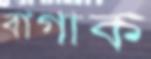
বাগাক